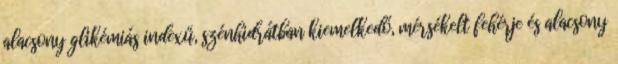
alacsony glikémiás indexű, szénhidrátban kiemelkedő, mérsékelt fehérje és alacsony